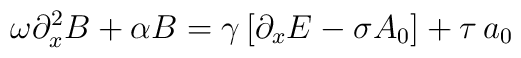
\omega \partial _x^2B+\alpha B=\gamma \left[ \partial _xE-\sigma A_0\right]+\tau \,a_0